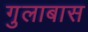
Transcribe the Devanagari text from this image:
गुलाबास